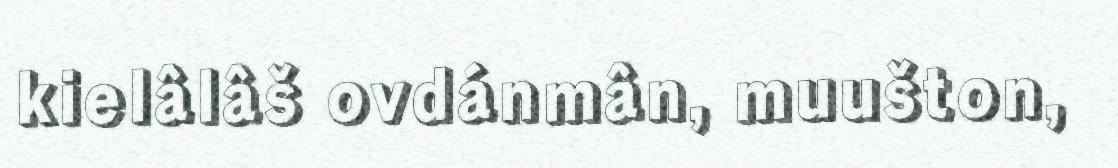
kielâlâš ovdánmân, muušton,